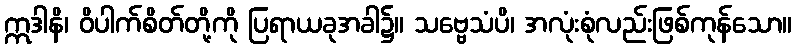
ဣဒါနိ၊ ဝိပါက်စိတ်တို့ကို ပြရာယခုအခါ၌။ သဗ္ဗေသံပိ၊ အလုံးစုံလည်းဖြစ်ကုန်သော။